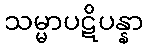
သမ္မာပဋိပန္နာ